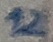
Text: 12